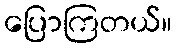
ပြောကြတယ်။